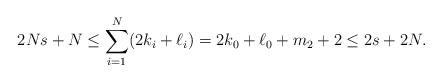
LaTeX: \begin{align*}2Ns+N\leq \sum_{i=1}^N (2k_i+\ell_i)=2k_0+\ell_0+m_2+2\leq 2s+2N. \end{align*}